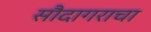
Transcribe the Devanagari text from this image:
सौदागराचा